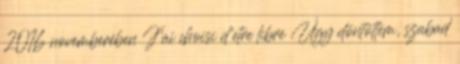
2016 novemberében J’ai choisi d’etre libre Úgy döntöttem, szabad